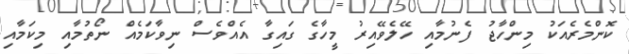
ކޮންމެރެއަކު މިންހާޖު ފެނުމާއި ހޭލެވޭއިރު މީހާގެ ގައިގާ އެއްވެސް ނިވާކަމެއް ނޯތުމާއި މިކަމާއި